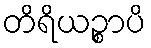
တိရိယဉ္စာပိ